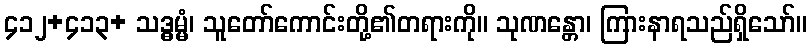
၄၁၂+၄၁၃+ သဒ္ဓမ္မံ၊ သူတော်ကောင်းတို့၏တရားကို။ သုဏန္တော၊ ကြားနာရသည်ရှိသော်။